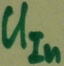
Text: UIn